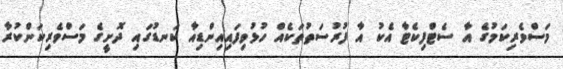
މަސްވެރިކަމުގެ އާ ސެޓްފިކެޓާ އެކު އާ ފުރުސަތުތަކެއް ހުޅުވިފައިއިންޑިއާ ކަނޑުގައި ދޮށީގެ މަސްވެރިކަންކުރާ